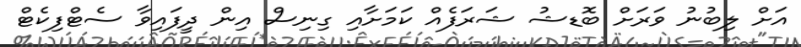
އަށް ލިބުނު ވަރަށް ބޮޑޝު ޝަރަފެއް ކަމަށާއި ގިނިސް އިން ދީފައިވާ ސެޓްފިކެޓް